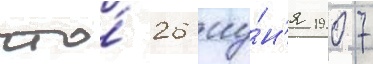
что́ 26 иу́н'я 1907